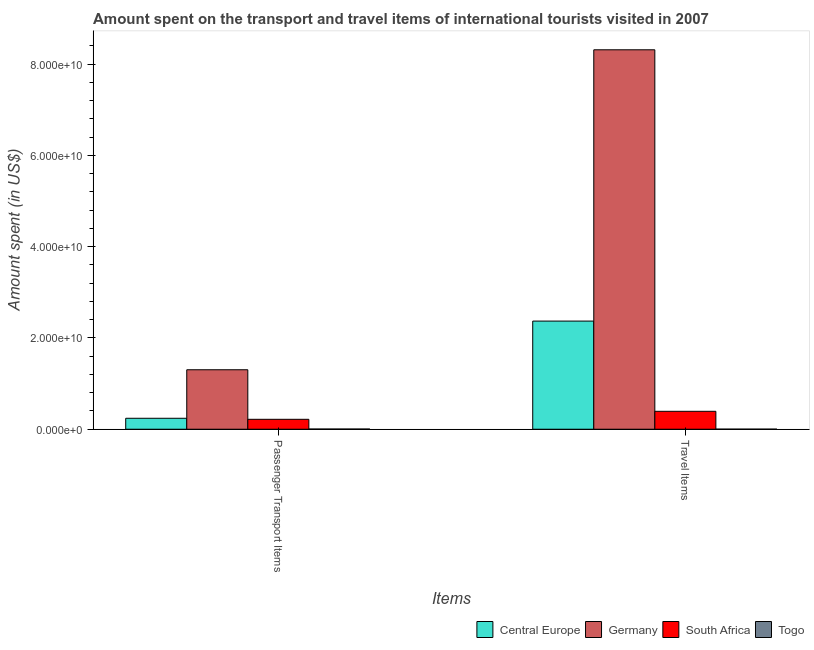
| Items | Central Europe | Germany | South Africa | Togo |
 | --- | --- | --- | --- | --- |
 | Passenger Transport Items | 2.4e+09 | 1.3e+10 | 2.18e+09 | 4.2e+07 |
 | Travel Items | 2.37e+10 | 8.32e+10 | 3.93e+09 | 1.7e+07 |